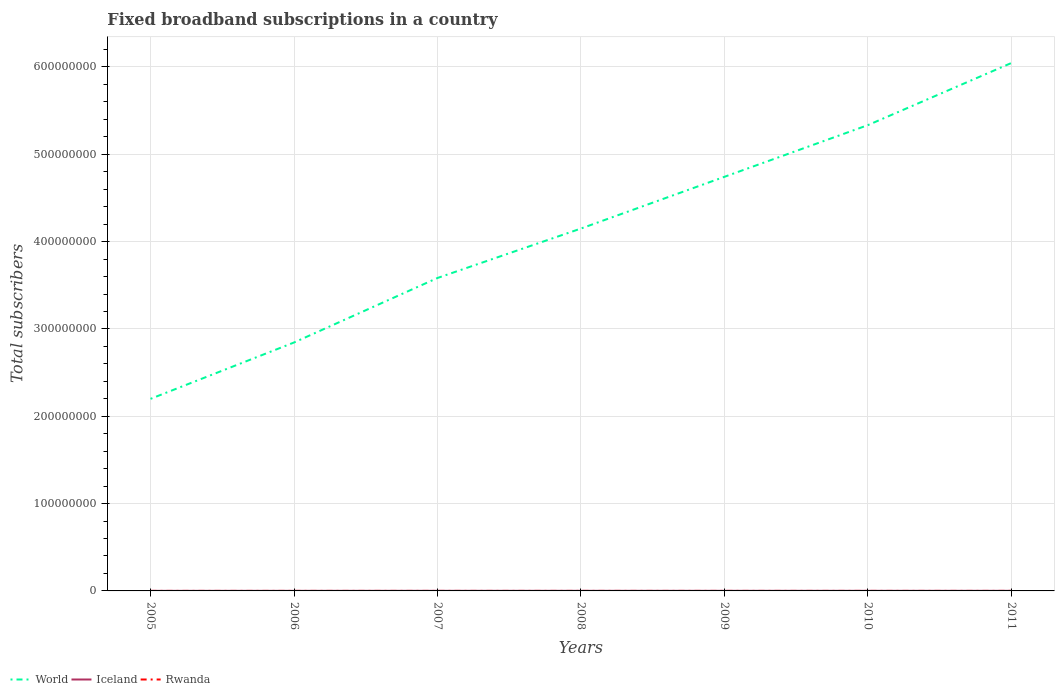
| Years | World | Iceland | Rwanda |
 | --- | --- | --- | --- |
 | 2005 | 2.2e+08 | 7.8e+04 | 1.18e+03 |
 | 2006 | 2.85e+08 | 8.77e+04 | 1.7e+03 |
 | 2007 | 3.58e+08 | 1e+05 | 2.54e+03 |
 | 2008 | 4.15e+08 | 1.06e+05 | 1.12e+03 |
 | 2009 | 4.74e+08 | 1.07e+05 | 2.21e+03 |
 | 2010 | 5.33e+08 | 1.09e+05 | 3.94e+03 |
 | 2011 | 6.05e+08 | 1.12e+05 | 8.64e+03 |